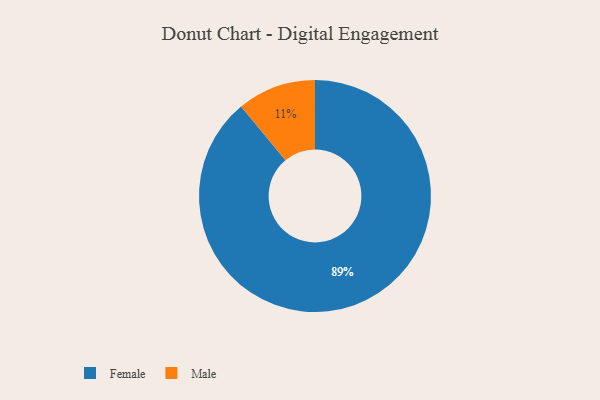
{"axis": {"x": "Category", "y": "Percentage"}, "legend": ["Female", "Male"], "data": [{"x": "Male", "y": 11, "type": "Male"}, {"x": "Female", "y": 89, "type": "Female"}]}